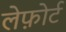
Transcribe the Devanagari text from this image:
लेफ़ोर्ट